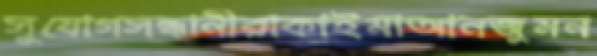
সুযোগসন্ধানীরাকাইমাআনজুমন